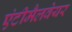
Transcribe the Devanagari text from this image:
एंटीमैलवेयर